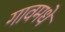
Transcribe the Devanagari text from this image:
गावमधे